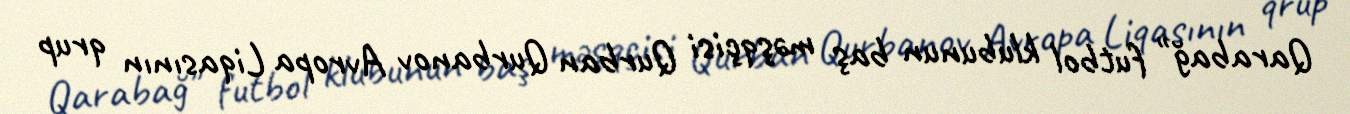
Qarabağ" futbol klubunun baş məşqçisi Qurban Qurbanov Avropa Liqasının qrup